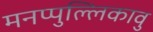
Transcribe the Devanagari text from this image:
मनप्पुल्लिकावु